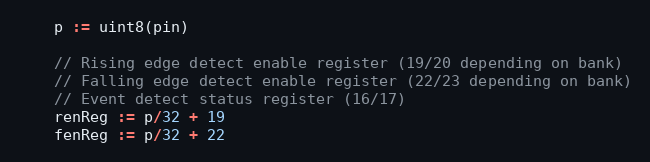
Language: Go
	p := uint8(pin)

	// Rising edge detect enable register (19/20 depending on bank)
	// Falling edge detect enable register (22/23 depending on bank)
	// Event detect status register (16/17)
	renReg := p/32 + 19
	fenReg := p/32 + 22